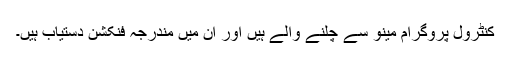
کنٹرول پروگرام مینو سے چلنے والے ہیں اور ان میں مندرجہ فنکشن دستیاب ہیں۔